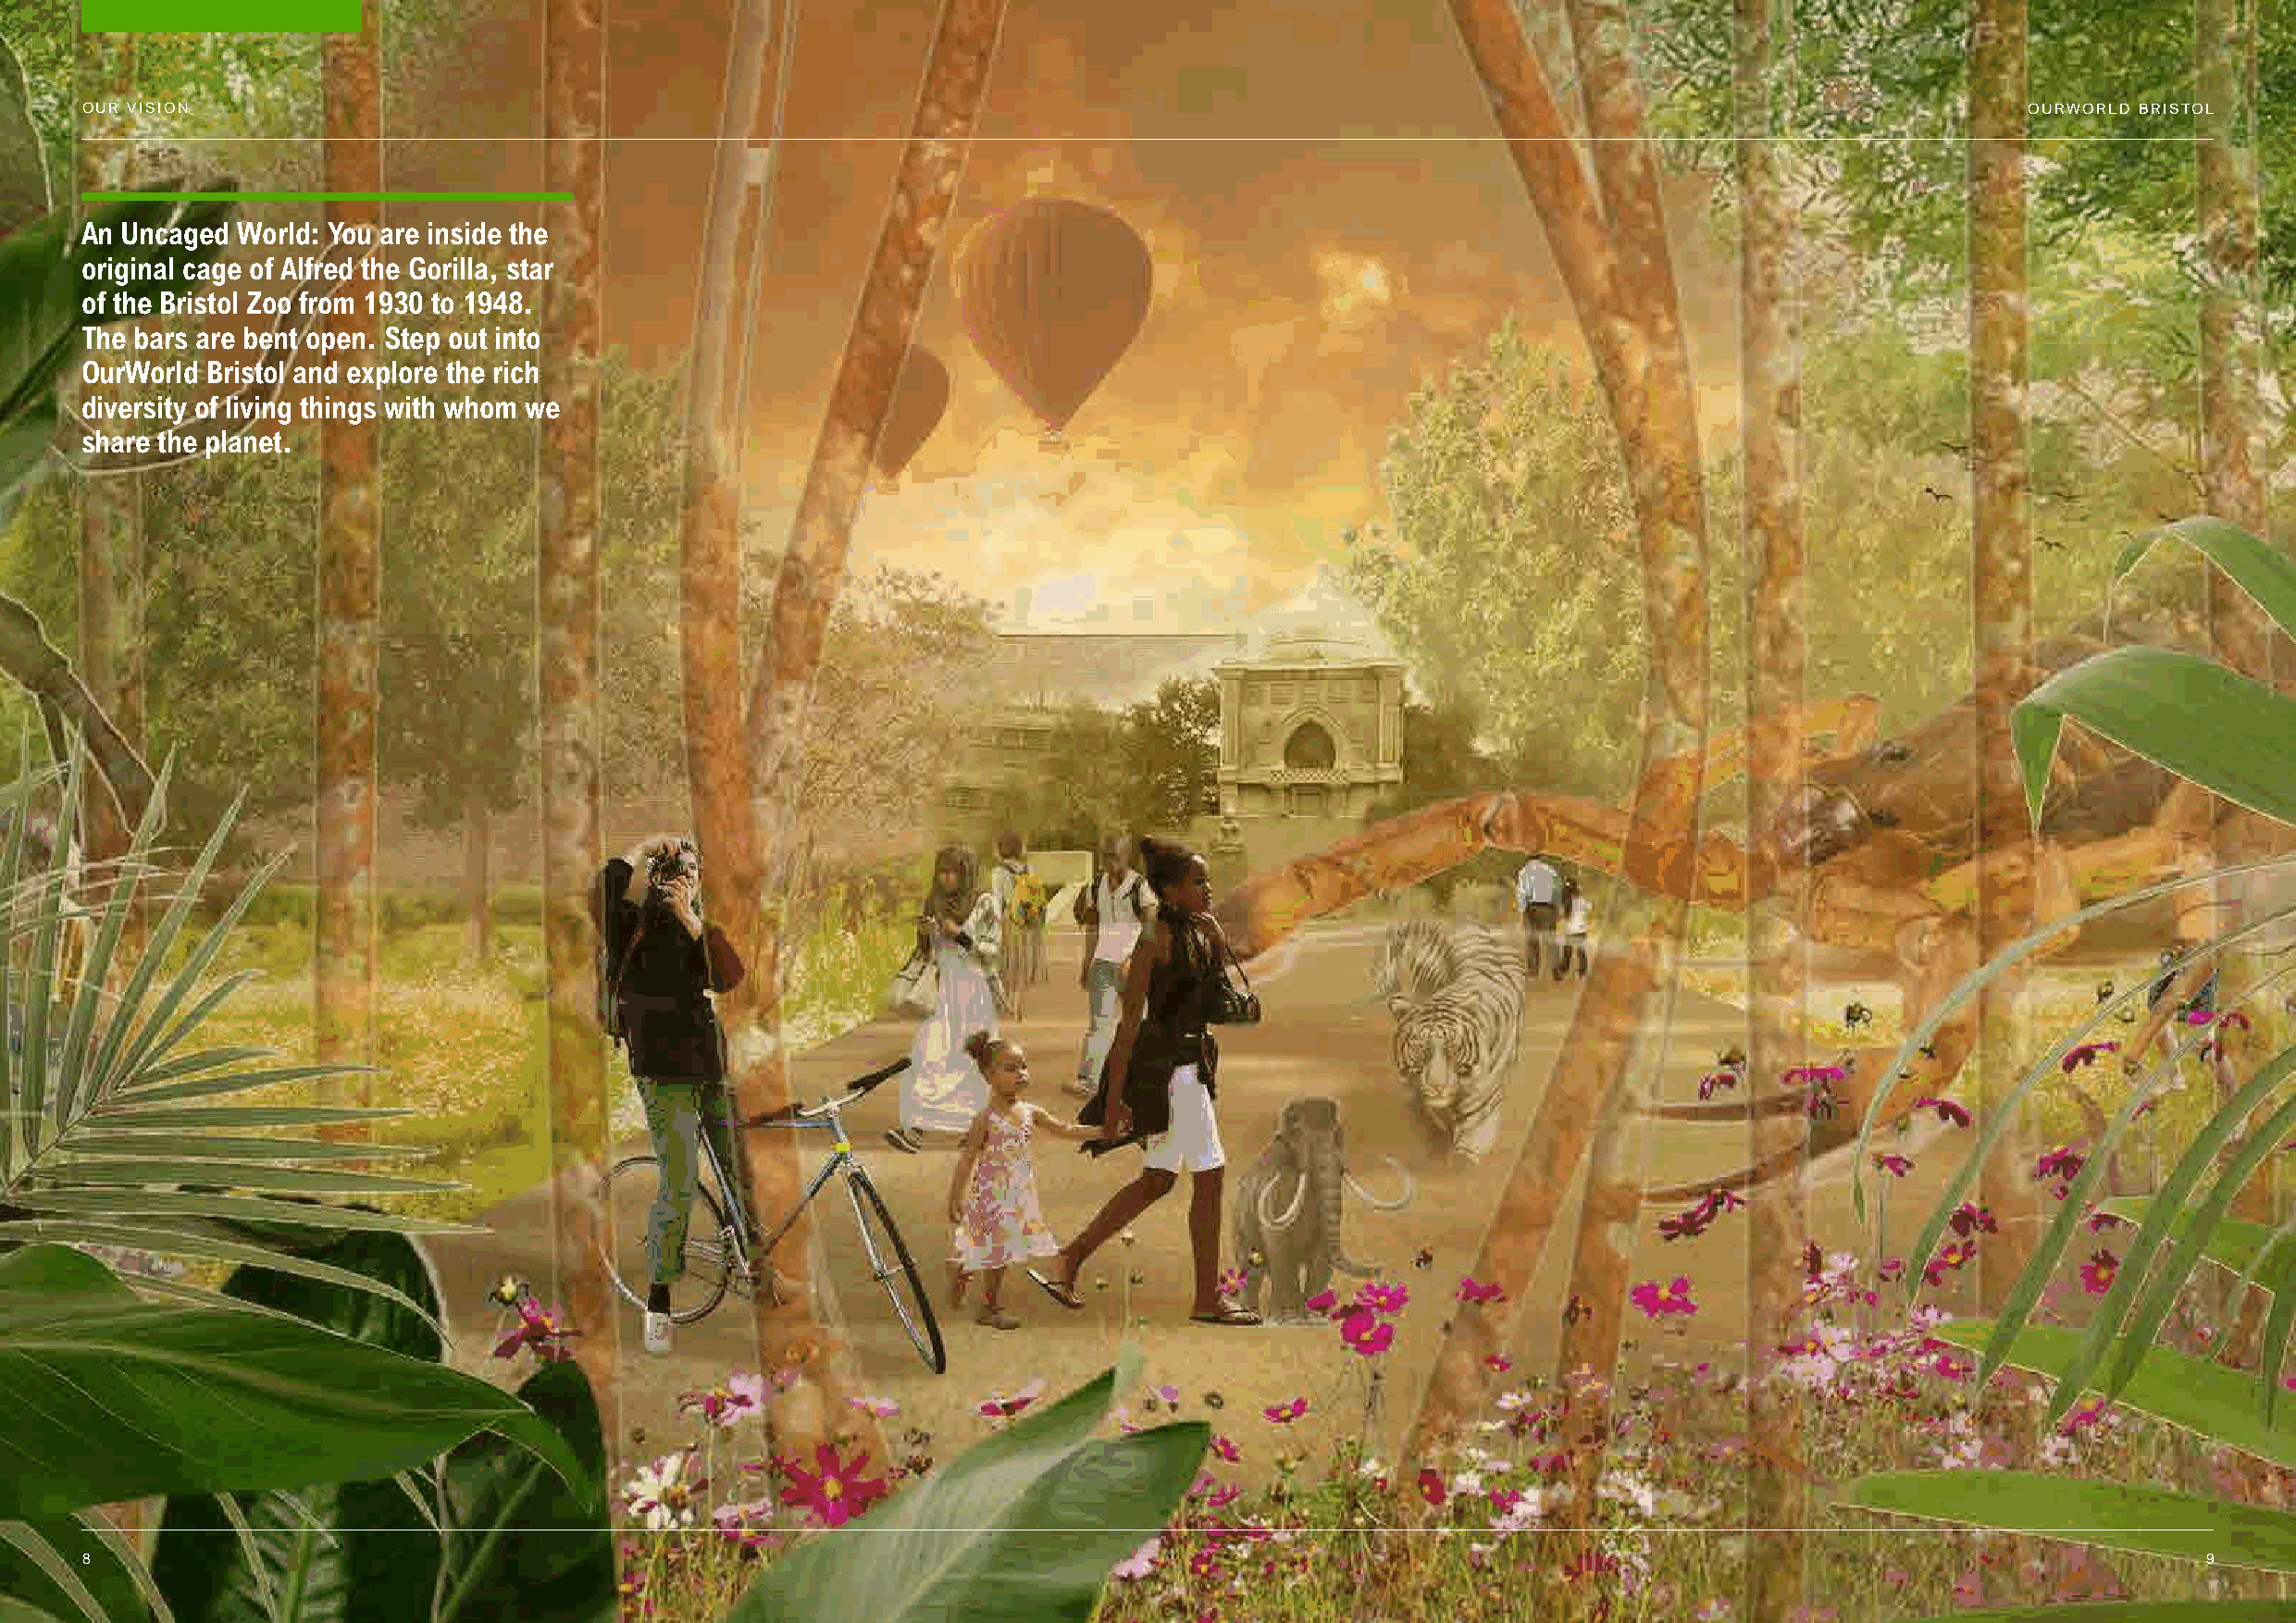
OUR VISION                                                                                                                                 OURWORLD BRISTOL
 An Uncaged World: You are inside the
 original cage of Alfred the Gorilla, star
 of the Bristol Zoo from 1930 to 1948.
 The bars are bent open. Step out into
 OurWorld Bristol and explore the rich
 diversity of living things with whom we
 share the planet.
 8                                                                                                                                                       9